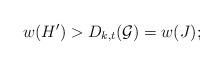
LaTeX: \begin{align*} w(H') > D_{k,t}({\cal G}) =w(J);\end{align*}